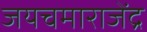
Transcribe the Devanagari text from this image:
जयचमाराजेंद्र